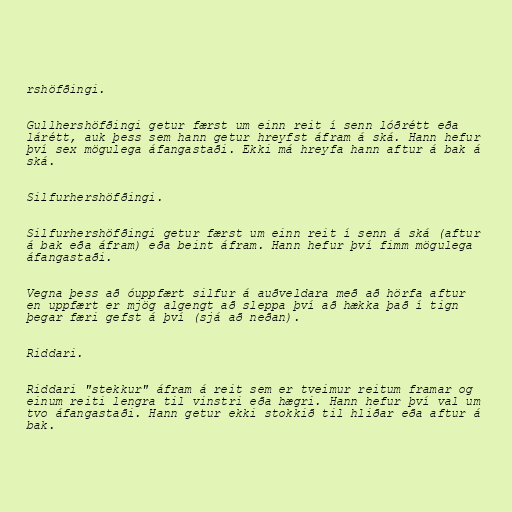
rshöfðingi.

Gullhershöfðingi getur færst um einn reit í senn lóðrétt eða
lárétt, auk þess sem hann getur hreyfst áfram á ská. Hann hefur
því sex mögulega áfangastaði. Ekki má hreyfa hann aftur á bak á
ská.

Silfurhershöfðingi.

Silfurhershöfðingi getur færst um einn reit í senn á ská (aftur
á bak eða áfram) eða beint áfram. Hann hefur því fimm mögulega
áfangastaði.

Vegna þess að óuppfært silfur á auðveldara með að hörfa aftur
en uppfært er mjög algengt að sleppa því að hækka það í tign
þegar færi gefst á því (sjá að neðan).

Riddari.

Riddari "stekkur" áfram á reit sem er tveimur reitum framar og
einum reiti lengra til vinstri eða hægri. Hann hefur því val um
tvo áfangastaði. Hann getur ekki stokkið til hliðar eða aftur á
bak.